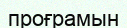
проғрамын